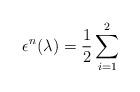
LaTeX: \begin{align*}\epsilon^{n} (\lambda) = {1\over 2}\sum_{i=1}^{2}\end{align*}